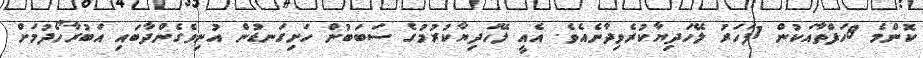
ކޮންމެ 8ހަފްތާއަކުން 1ފަހަރު ލޭހަދިޔާކުރެވިދާނެއެވެ. އެއީ ލޭހަދިޔާކުރުމުގެ ސަބަބުން ހަށިގަނޑުން އުނިވެގެންދާބައި އަބުރާހޯދުމަށް